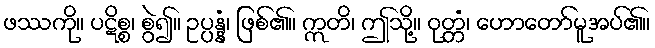
ဖဿကို။ ပဋိစ္စ၊ စွဲ၍။ ဥပ္ပန္နံ၊ ဖြစ်၏။ ဣတိ၊ ဤသို့။ ဝုတ္တံ၊ ဟောတော်မူအပ်၏။